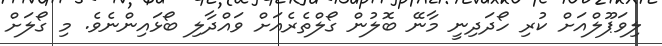
ލިވަޕޫލްއަށް ކުރި ހޯދަދިނީ މާނޭ ބޮލުން ގޯލްތެރެއަށް ވައްދާލި ބޯޅައިންނެވެ. މި ގޯލަށް